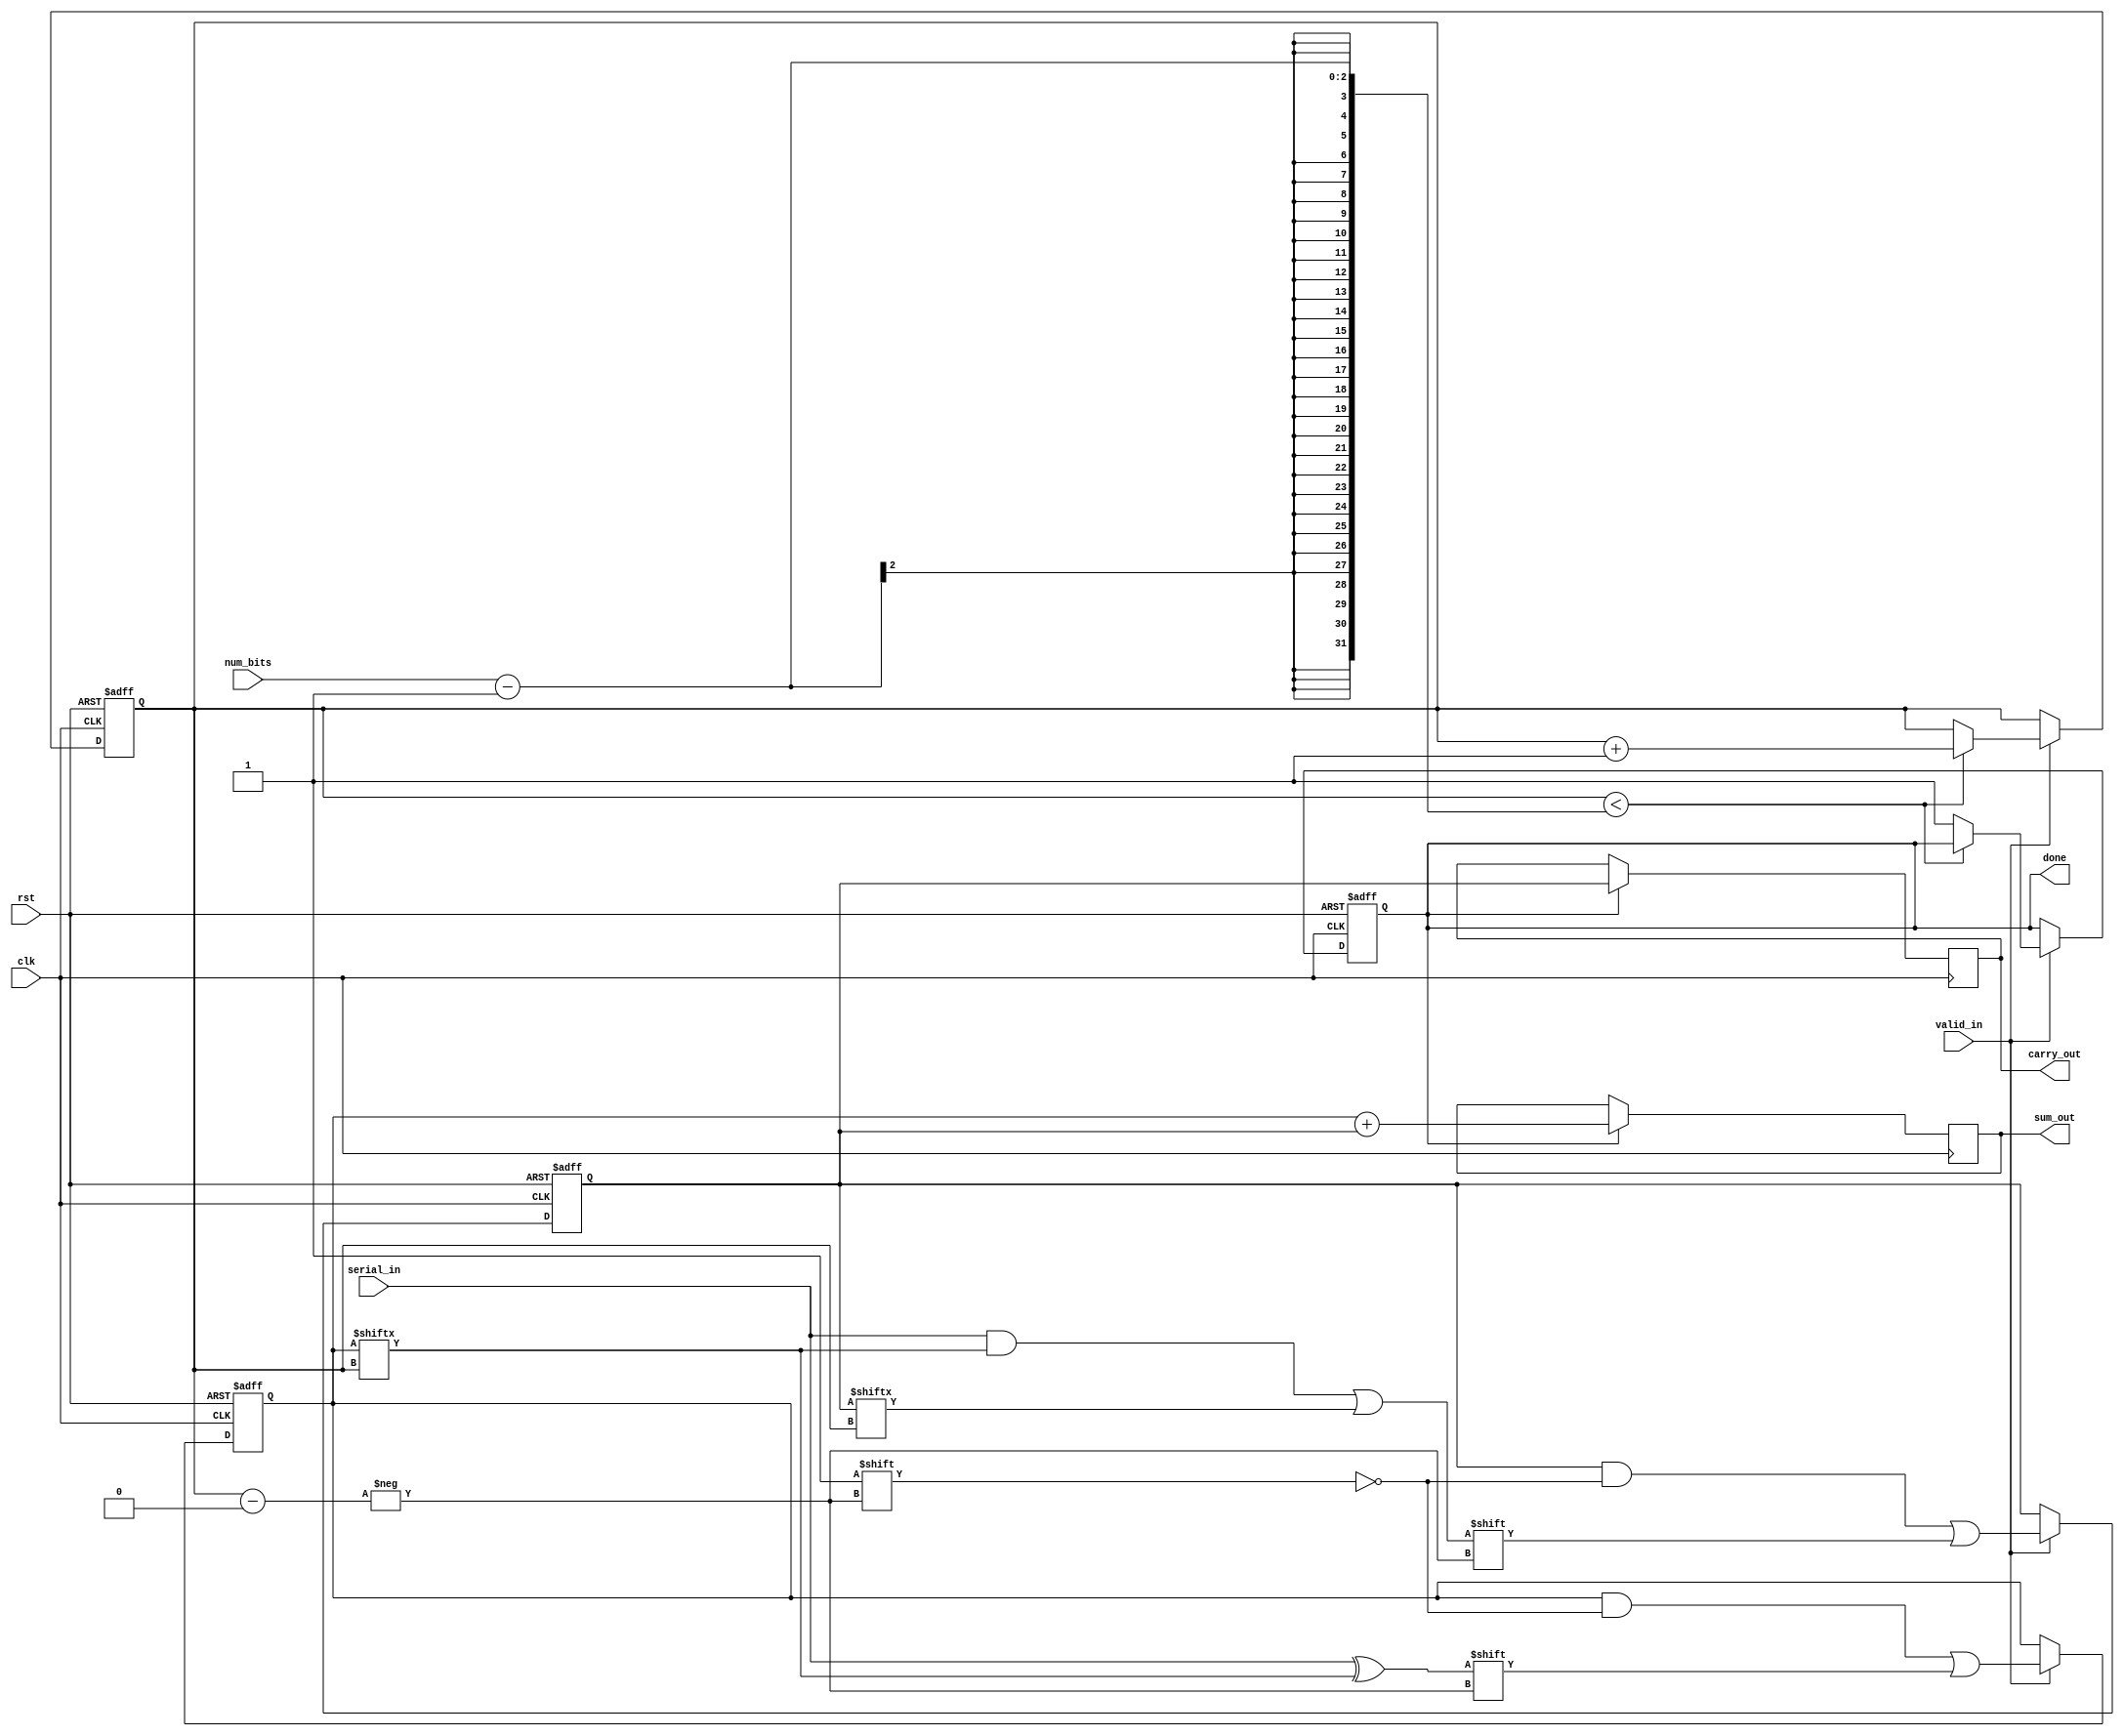
module CarrySaveAdder (
    input wire clk,              // Clock signal
    input wire rst,              // Reset signal
    input wire serial_in,        // Serial input bit
    input wire valid_in,         // Signal to indicate valid input
    input wire [1:0] num_bits,   // Number of bits to process
    output reg [31:0] sum_out,   // Final sum output
    output reg [31:0] carry_out,  // Final carry output
    output reg done              // Signal to indicate completion
);

    reg [31:0] sum;              // Register to hold sum bits
    reg [31:0] carry;            // Register to hold carry bits
    reg [3:0] count;             // Counter for the number of bits processed
    reg [31:0] incoming_bits;    // Shift register for incoming bits

    // Full adder logic
    wire sum_bit;
    wire carry_bit;

    assign sum_bit = serial_in ^ sum[count]; // Sum bit calculation
    assign carry_bit = (serial_in & sum[count]) | carry[count]; // Carry bit calculation

    always @(posedge clk or posedge rst) begin
        if (rst) begin
            sum <= 0;
            carry <= 0;
            count <= 0;
            done <= 0;
            incoming_bits <= 0;
        end else if (valid_in) begin
            // Shift incoming bits
            incoming_bits <= {incoming_bits[30:0], serial_in};

            // Update sum and carry
            sum[count] <= sum_bit;
            carry[count] <= carry_bit;

            // Increment count
            if (count < num_bits - 1) begin
                count <= count + 1;
            end else begin
                done <= 1; // Indicate that processing is done
            end
        end
    end

    // Final stage to combine carry and sum
    always @(posedge clk) begin
        if (done) begin
            // Final carry propagation to get the final sum
            sum_out <= sum + carry;
            carry_out <= carry; // Store final carry output
        end
    end

endmodule